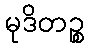
မုဒိတဉ္စ